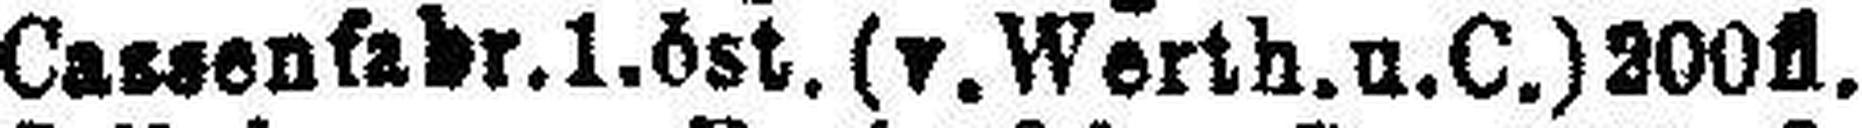
Cassenfabr. 1. öst. (v. Werth. u. C.)200fl.